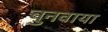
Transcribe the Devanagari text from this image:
चुनवाया